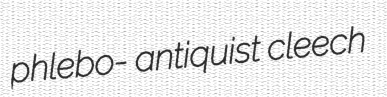
phlebo- antiquist cleech